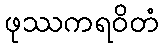
ဖုဿကရဝိတံ